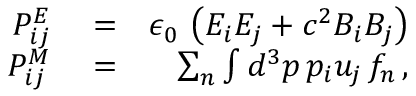
\begin{array} { r l r } { { \cal P } _ { i j } ^ { E } } & { { } = } & { \epsilon _ { 0 } \, \left( E _ { i } E _ { j } + c ^ { 2 } B _ { i } B _ { j } \right) } \\ { { \cal P } _ { i j } ^ { M } } & { { } = } & { \sum _ { n } \int d ^ { 3 } p \, p _ { i } u _ { j } \, f _ { n } \, , } \end{array}